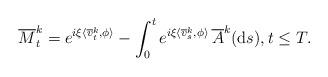
LaTeX: \begin{align*} \overline{M}_t^k & = e^{i \xi \langle \overline{v}^k_t, \phi \rangle} - \int_{0}^{t} e^{i \xi \langle \overline{v}^k_s, \phi \rangle} \, \overline{A}^k (\textrm{d}s), t \leq T.\end{align*}